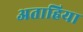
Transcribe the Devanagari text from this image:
अताहिया